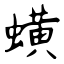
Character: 蟥